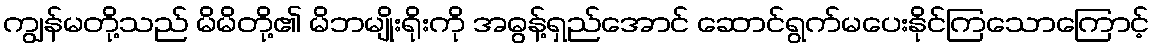
ကျွန်မတို့သည် မိမိတို့၏ မိဘမျိုးရိုးကို အဓွန့်ရှည်အောင် ဆောင်ရွက်မပေးနိုင်ကြသောကြောင့်